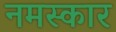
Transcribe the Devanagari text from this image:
नमस्कार